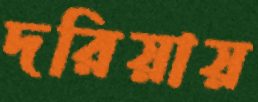
দরিয়ায়